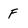
Character: F